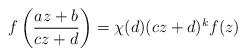
LaTeX: \begin{align*}f\left(\frac{az+b}{cz+d}\right)=\chi(d)(cz+d)^kf(z)\end{align*}